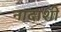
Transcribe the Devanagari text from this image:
नादाशी